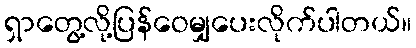
ရှာတွေ့လို့ပြန်ဝေမျှပေးလိုက်ပါတယ်။